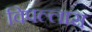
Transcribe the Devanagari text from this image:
विपल्लास